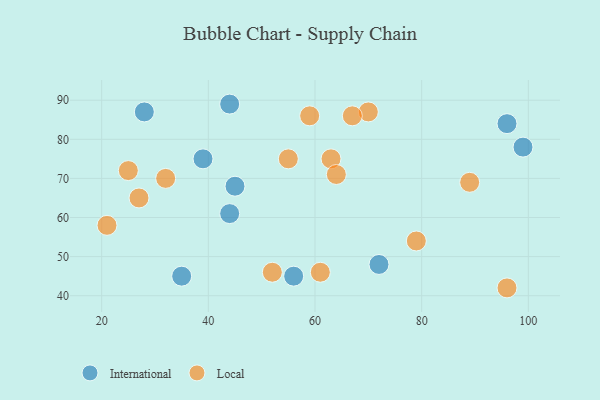
{"axis": {"x": "GDP", "y": "Life Expectancy"}, "legend": ["International", "Local"], "data": [{"x": "96", "y": 84, "type": "International"}, {"x": "56", "y": 45, "type": "International"}, {"x": "99", "y": 78, "type": "International"}, {"x": "44", "y": 89, "type": "International"}, {"x": "72", "y": 48, "type": "International"}, {"x": "44", "y": 61, "type": "International"}, {"x": "45", "y": 68, "type": "International"}, {"x": "39", "y": 75, "type": "International"}, {"x": "28", "y": 87, "type": "International"}, {"x": "35", "y": 45, "type": "International"}, {"x": "32", "y": 70, "type": "Local"}, {"x": "59", "y": 86, "type": "Local"}, {"x": "21", "y": 58, "type": "Local"}, {"x": "96", "y": 42, "type": "Local"}, {"x": "52", "y": 46, "type": "Local"}, {"x": "70", "y": 87, "type": "Local"}, {"x": "55", "y": 75, "type": "Local"}, {"x": "79", "y": 54, "type": "Local"}, {"x": "89", "y": 69, "type": "Local"}, {"x": "63", "y": 75, "type": "Local"}, {"x": "61", "y": 46, "type": "Local"}, {"x": "67", "y": 86, "type": "Local"}, {"x": "27", "y": 65, "type": "Local"}, {"x": "64", "y": 71, "type": "Local"}, {"x": "25", "y": 72, "type": "Local"}]}